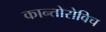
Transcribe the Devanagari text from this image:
कान्तोरोविच